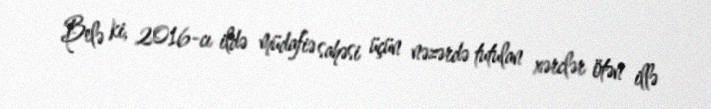
Belə ki, 2016-cı ildə müdafiə sahəsi üçün nəzərdə tutulan xərclər ötən illə